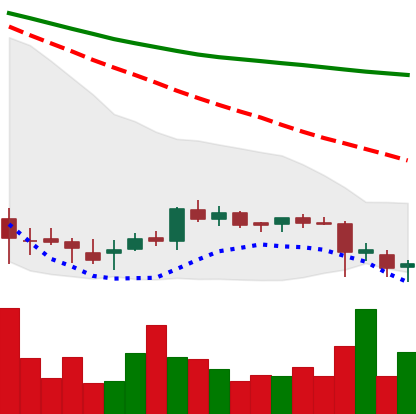
Ticker: DOGE-USD
Chart end date: 2018-07-13
Forward return: 59.177%
Label: up_7plus